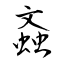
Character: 螡